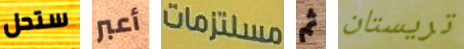
ستحل أعبر مستلزمات ثم تريستان